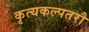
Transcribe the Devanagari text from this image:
कृत्यकल्पतरौ